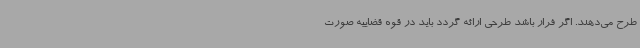
طرح می‌دهند. اگر فرار باشد طرحی ارائه گردد باید در قوه قضاییه صورت